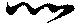
以